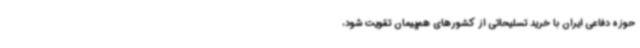
حوزه دفاعی ایران با خرید تسلیحاتی از کشورهای هم‌پیمان تقویت شود،